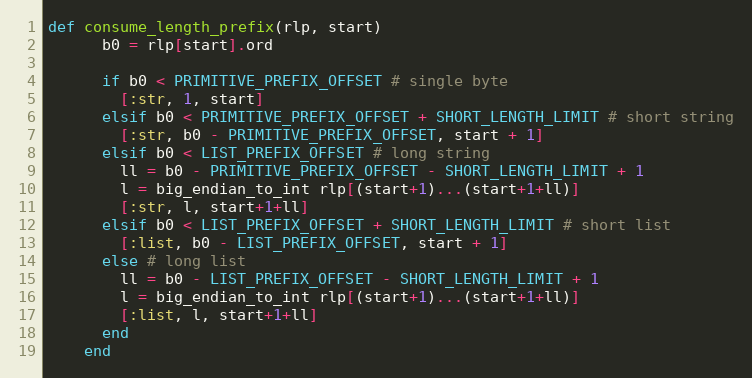
Language: Ruby
def consume_length_prefix(rlp, start)
      b0 = rlp[start].ord

      if b0 < PRIMITIVE_PREFIX_OFFSET # single byte
        [:str, 1, start]
      elsif b0 < PRIMITIVE_PREFIX_OFFSET + SHORT_LENGTH_LIMIT # short string
        [:str, b0 - PRIMITIVE_PREFIX_OFFSET, start + 1]
      elsif b0 < LIST_PREFIX_OFFSET # long string
        ll = b0 - PRIMITIVE_PREFIX_OFFSET - SHORT_LENGTH_LIMIT + 1
        l = big_endian_to_int rlp[(start+1)...(start+1+ll)]
        [:str, l, start+1+ll]
      elsif b0 < LIST_PREFIX_OFFSET + SHORT_LENGTH_LIMIT # short list
        [:list, b0 - LIST_PREFIX_OFFSET, start + 1]
      else # long list
        ll = b0 - LIST_PREFIX_OFFSET - SHORT_LENGTH_LIMIT + 1
        l = big_endian_to_int rlp[(start+1)...(start+1+ll)]
        [:list, l, start+1+ll]
      end
    end